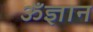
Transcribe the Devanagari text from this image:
ॐज्ञान